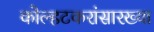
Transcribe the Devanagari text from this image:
कोल्हटकरांसारख्या